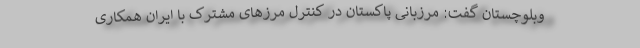
وبلوچستان گفت: مرزبانی پاکستان در کنترل مرزهای مشترک با ایران همکاری